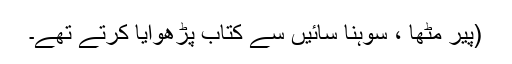
(پیر مٹھاؒ ، سوہنا سائیں سے کتاب پڑھوایا کرتے تھے۔